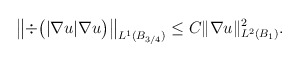
\begin{align*}\left\|\div\big( |\nabla u| \nabla u\big)\right\|_{L^1(B_{3/4})} \leq C \|\nabla u\|_{L^2(B_{1})}^2.\end{align*}